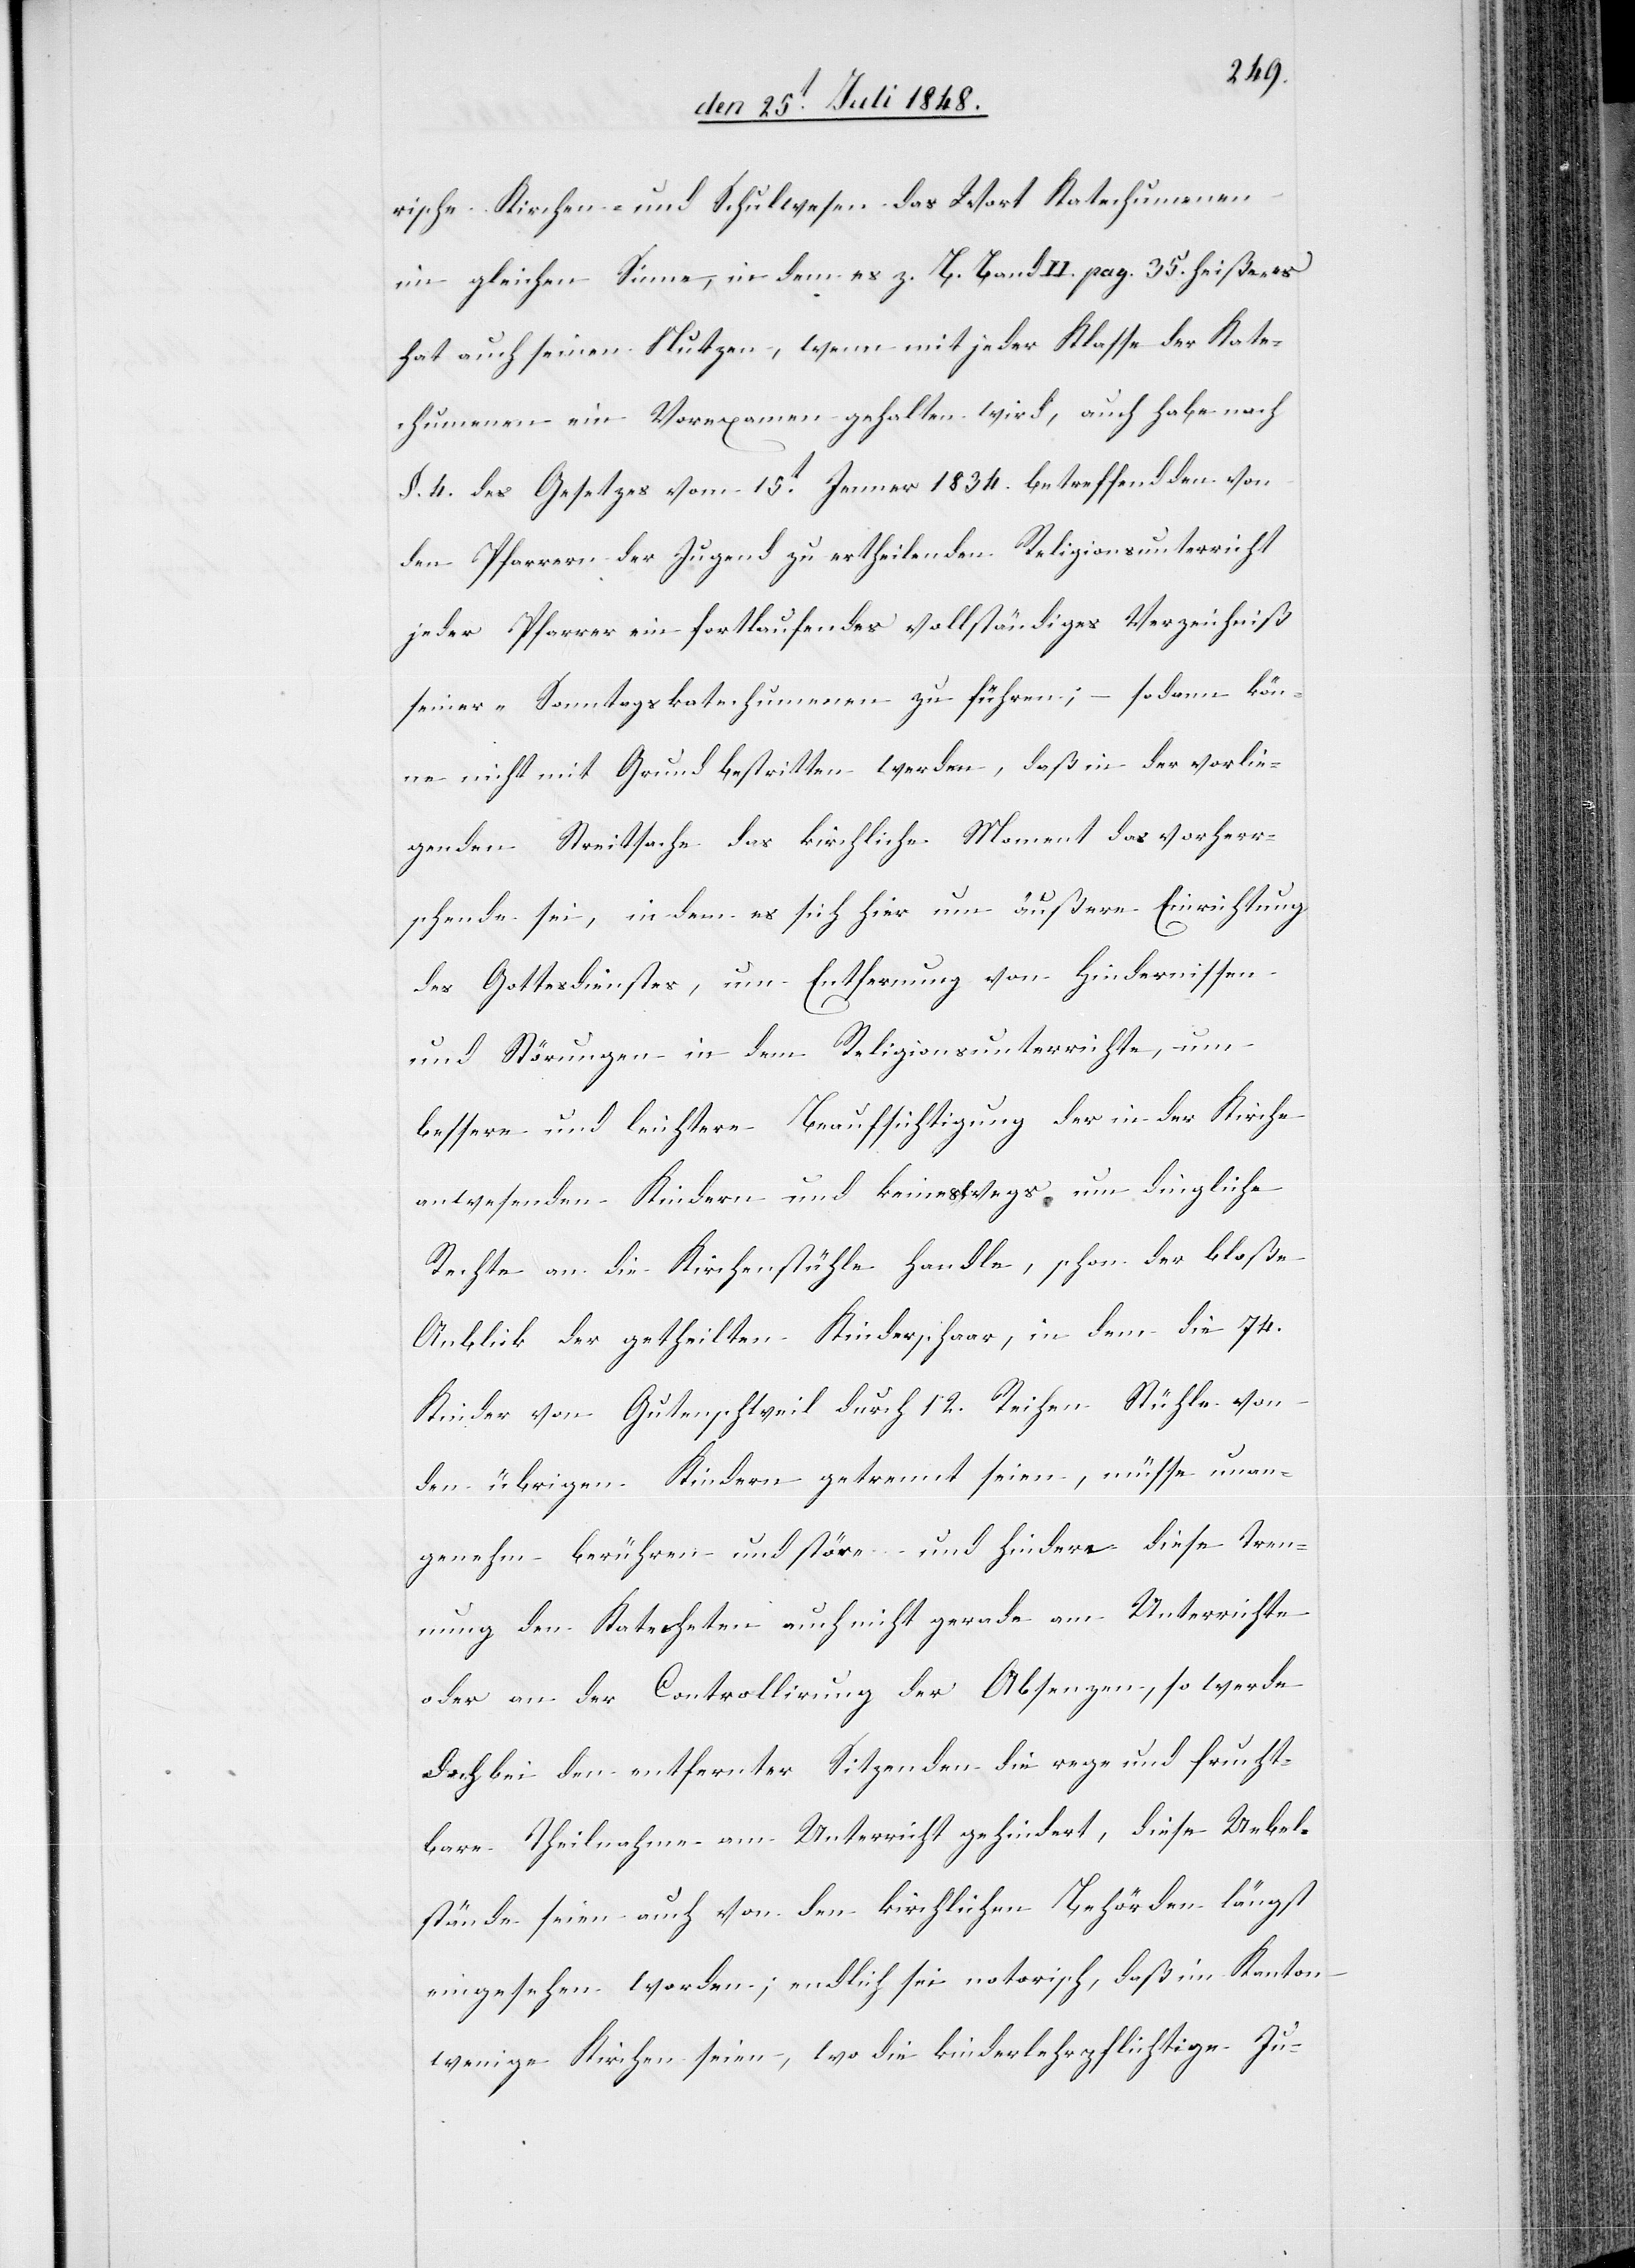
rische Kirchen- und Schulwesen das Wort Katechumenen
im gleichen Sinne, in dem es z. B. Band II. pag. 35. heiße „es
hat auch seinen Nutzen, wenn mit jeder Klasse der Kate¬
chumenen ein Vorexamen gehalten wird[“], auch habe nach
§. 4. des Gesetzes vom 15t Januar 1834. betreffend den von
den Pfarrern der Jugend zu ertheilenden Religionsunterricht
jeder Pfarrer ein fortlaufendes vollständiges Verzeichniß
seiner „Sonntagskatechumenen[“] zu führen; sodann kön¬
ne nicht mit Grund bestritten werden, daß in der vorlie¬
genden Streitsache das kirchliche Moment das vorherr¬
schende sei, indem es sich hier um äußere Einrichtung
des Gottesdienstes, um Entfernung von Hindernissen
und Störungen in dem Religionsunterrichte, um
bessere und leichtere Beaufsichtigung der in der Kirche
anwesenden Kindern und keineswegs um dingliche
Rechte an die Kirchenstühle handle, schon der bloße
Anblick der getheilten Kinderschaar, in dem die 74.
Kinder von Gutenschweil durch 12. Reihen Stühle von
den übrigen Kindern getrennt seien, müsse unan¬
genehm berühren und störe und hindere diese Tren¬
nung den Katecheten auch nicht gerade am Unterrichte
oder an der Controllirung der Absenzen, so werde
doch bei den entfernter Sitzenden die rege und frucht¬
bare Theilnahme am Unterricht gehindert, diese Uebel¬
stände seien auch von den kirchlichen Behörden längst
eingesehen worden; endlich sei notorisch, daß im Kanton
wenige Kirchen seien, wo die kinderlehrpflichtige Ju-